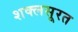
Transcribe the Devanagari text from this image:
शक्लसूरत